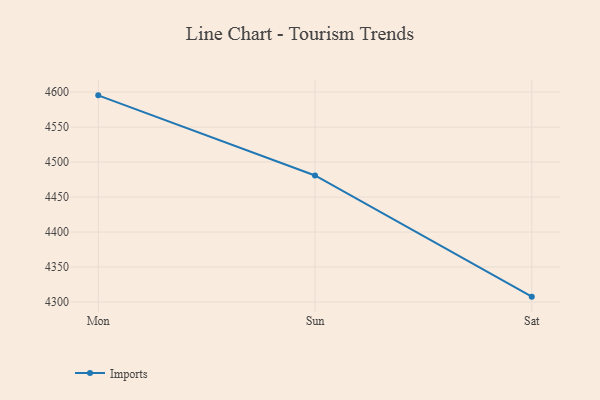
{"axis": {"x": "Day", "y": "Energy Usage (MWh)"}, "legend": ["Imports"], "data": [{"x": "Mon", "y": 4595.4, "type": "Imports"}, {"x": "Sun", "y": 4480.9, "type": "Imports"}, {"x": "Sat", "y": 4307.6, "type": "Imports"}]}